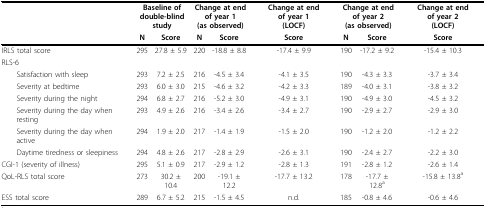
|  | <COLSPAN=2> Baseline of double-blind study | <COLSPAN=2> Change at end of year 1(as observed) | Change at end of year 1(LOCF) | <COLSPAN=2> Change at end of year 2(as observed) | Change at end of year 2(LOCF) |
 |  | N | Score | N | Score | Score | N | Score | Score |
 | --- | --- | --- | --- | --- | --- | --- | --- | --- |
 | IRLS total score | 295 | 27.8 ± 5.9 | 220 | -18.8 ± 8.8 | -17.4 ± 9.9 | 190 | -17.2 ± 9.2 | -15.4 ± 10.3 |
 | RLS-6 |  |  |  |  |  |  |  |  |
 | Satisfaction with sleep | 293 | 7.2 ± 2.5 | 216 | -4.5 ± 3.4 | -4.1 ± 3.5 | 190 | -4.3 ± 3.3 | -3.7 ± 3.4 |
 | Severity at bedtime | 293 | 6.0 ± 3.0 | 215 | -4.6 ± 3.2 | -4.2 ± 3.3 | 189 | -4.0 ± 3.1 | -3.8 ± 3.2 |
 | Severity during the night | 294 | 6.8 ± 2.7 | 216 | -5.2 ± 3.0 | -4.9 ± 3.1 | 190 | -4.9 ± 3.0 | -4.5 ± 3.2 |
 | Severity during the day when resting | 293 | 4.9 ± 2.6 | 216 | -3.4 ± 2.6 | -3.4 ± 2.7 | 190 | -2.9 ± 2.7 | -2.9 ± 3.0 |
 | Severity during the day when active | 294 | 1.9 ± 2.0 | 217 | -1.4 ± 1.9 | -1.5 ± 2.0 | 190 | -1.2 ± 2.0 | -1.2 ± 2.2 |
 | Daytime tiredness or sleepiness | 294 | 4.8 ± 2.6 | 217 | -2.8 ± 2.9 | -2.6 ± 3.1 | 190 | -2.4 ± 2.7 | -2.2 ± 3.0 |
 | CGI-1 (severity of illness) | 295 | 5.1 ± 0.9 | 217 | -2.9 ± 1.2 | -2.8 ± 1.3 | 191 | -2.8 ± 1.2 | -2.6 ± 1.4 |
 | QoL-RLS total score | 273 | 30.2 ± 10.4 | 200 | -19.1 ± 12.2 | -17.7 ± 13.2 | 178 | -17.7 ± 12.8a | -15.8 ± 13.8a |
 | ESS total score | 289 | 6.7 ± 5.2 | 215 | -1.5 ± 4.5 | n.d. | 185 | -0.8 ± 4.6 | -0.6 ± 4.6 |